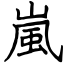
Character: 嵐